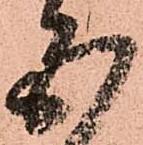
五